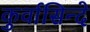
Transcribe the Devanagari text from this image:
कुर्वासिन्दे